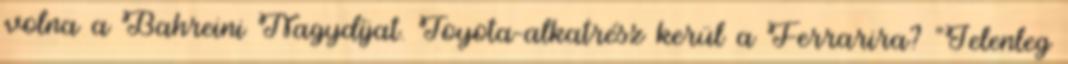
volna a Bahreini Nagydíjat. Toyota-alkatrész kerül a Ferrarira? “Jelenleg